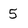
Character: 5